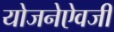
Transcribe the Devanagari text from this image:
योजनेऐवजी